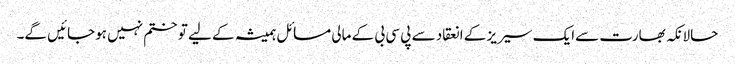
حالانکہ بھارت سےایک سیریز کے انعقاد سے پی سی بی کے مالی مسائل ہمیشہ کے لیے تو ختم نہیں ہوجائیں گے۔